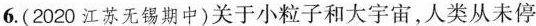
6.(2020江苏无锡期中)关于小粒子和大宇宙，人类从未停